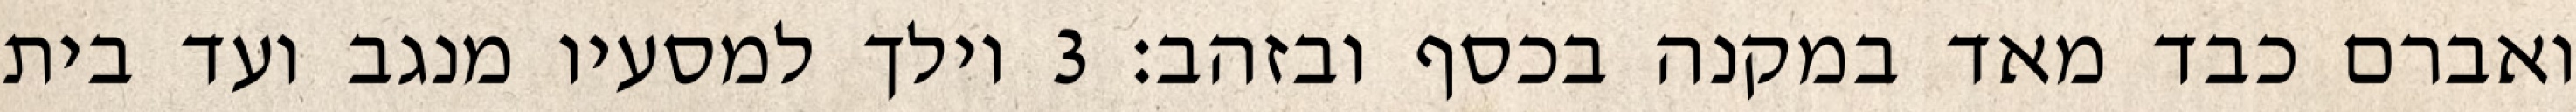
ואברם כבד מאד במקנה בכסף ובזהב׃ ‎3‏ וילך למסעיו מנגב ועד בית